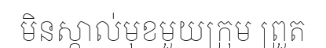
មិនស្គាល់មុខមួយក្រុម ព្រួត